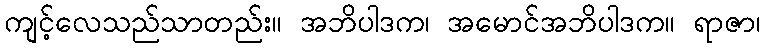
ကျင့်လေသည်သာတည်း။ အဘိပါဒက၊ အမောင်အဘိပါဒက။ ရာဇာ၊